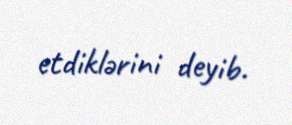
etdiklərini deyib.